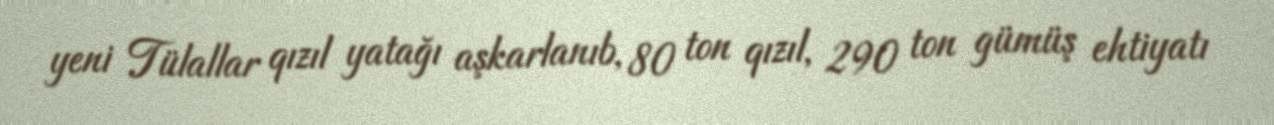
yeni Tülallar qızıl yatağı aşkarlanıb, 80 ton qızıl, 290 ton gümüş ehtiyatı